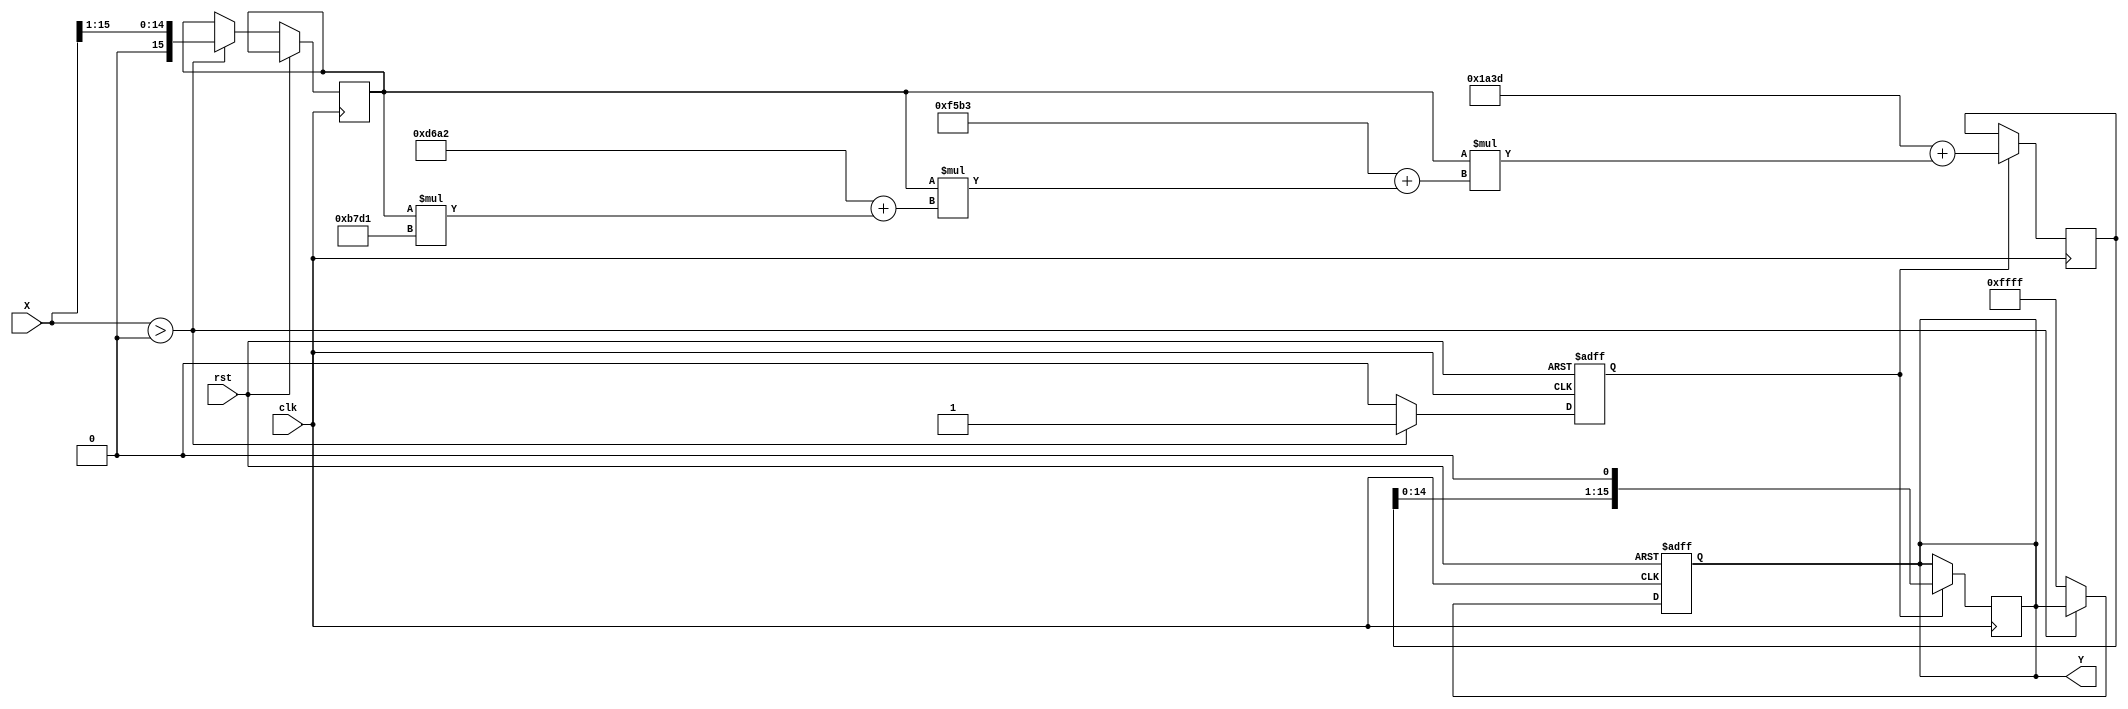
module PolynomialApproximationReciprocal (
    input wire [15:0] X,   // Input value (fixed-point, 16-bit)
    output reg [15:0] Y,   // Output reciprocal (fixed-point, 16-bit)
    input wire clk,        // Clock signal
    input wire rst         // Reset signal
);

    // Polynomial coefficients for approximation (example coefficients)
    // These coefficients should be determined based on the desired polynomial approximation
    parameter C0 = 16'h1A3D; // Coefficient for x^0
    parameter C1 = 16'hF5B3; // Coefficient for x^1
    parameter C2 = 16'hD6A2; // Coefficient for x^2
    parameter C3 = 16'hB7D1; // Coefficient for x^3

    reg [15:0] normalized_X;
    reg [15:0] polynomial_result;
    reg valid_input;

    // Normalization and input validation
    always @(posedge clk or posedge rst) begin
        if (rst) begin
            Y <= 16'h0000; // Reset output
            valid_input <= 1'b0;
        end else begin
            if (X > 16'h0000) begin
                // Normalize X to the range [0.5, 1.0]
                normalized_X <= X >> 1; // Example normalization (X / 2)
                valid_input <= 1'b1;
            end else begin
                Y <= 16'hFFFF; // Error signal for invalid input
                valid_input <= 1'b0;
            end
        end
    end

    // Polynomial evaluation using Horner's method
    always @(posedge clk) begin
        if (valid_input) begin
            polynomial_result <= C0 + (normalized_X * (C1 + (normalized_X * (C2 + (normalized_X * C3)))));
            // Scale the result back to account for normalization
            Y <= polynomial_result << 1; // Example scaling (multiply by 2)
        end
    end

endmodule